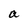
Character: a